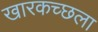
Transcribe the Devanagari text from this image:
खारकच्छला